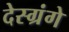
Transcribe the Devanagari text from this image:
देस्ग्रंगे